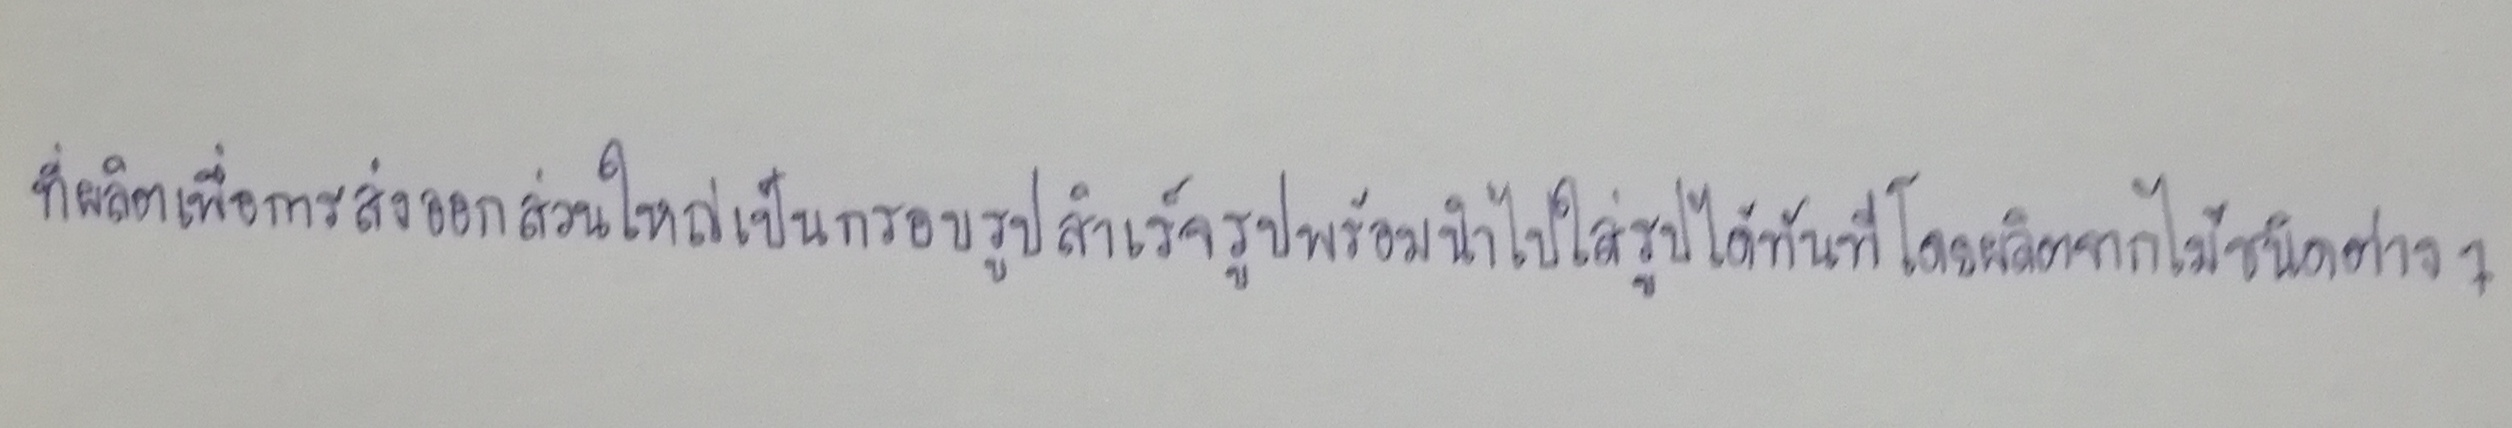
ที่ผลิตเพื่อการส่งออกส่วนใหญ่เป็นกรอบรูปสำเร็จรูปพร้อมนำไปใส่รูปได้ทันทีโดยผลิตจากไม้ชนิดต่างๆ